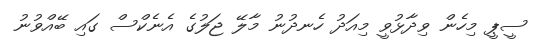
ސީޕީ މިހެން ވިދާޅުވީ މިއަދު ހެނދުނު މާލޭ ޖަލުގެ އެނެކްސް ގައި ބޭއްވުނު